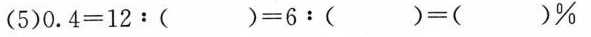
(5)$$0 . 4 = 1 2 : ( ) = 6 : ( ) = ( ) %$$